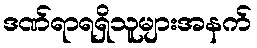
ဒဏ်ရာရရှိသူများအနက်